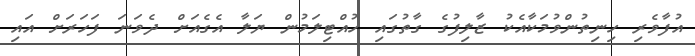
އުފާވެރި ހިނިތުންވުމަކާއެކު ޒާލިފުގެ ގާތުގައި ހުއްޓިލަމުން ޔަލާ އެގެއަށް ދެވަނަ ފަހަރަށް އައި